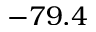
- 7 9 . 4